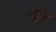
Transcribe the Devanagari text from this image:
जुनें